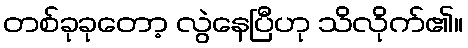
တစ်ခုခုတော့ လွဲနေပြီဟု သိလိုက်၏။